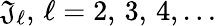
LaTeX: \mathfrak{J}_{\ell},\, \ell=2,\, 3,\, 4,\ldots